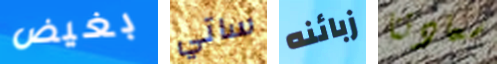
بغيض ساتي زبائنه سعادتنا